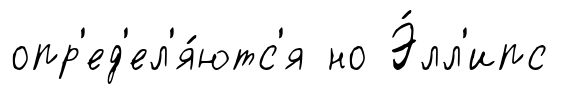
опр'ед'ел'я́ютс'я но Э́лл'ипс